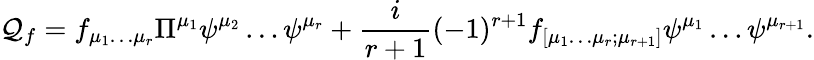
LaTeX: \mathcal{Q}_{f}=f_{\mu_{1}\dots\mu_{r}}\Pi^{\mu_{1}}\psi^{\mu_{2}}\dots\psi^{\mu_{r}}+\frac{{i}}{{r+1}}(-1)^{r+1}f_{[\mu_{1}\dots\mu_{r};\mu_{r+1}]}\psi^{\mu_{1}}\dots\psi^{\mu_{r+1}}.